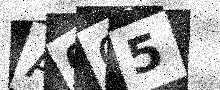
Text: A0G5